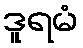
ဒူရမံ